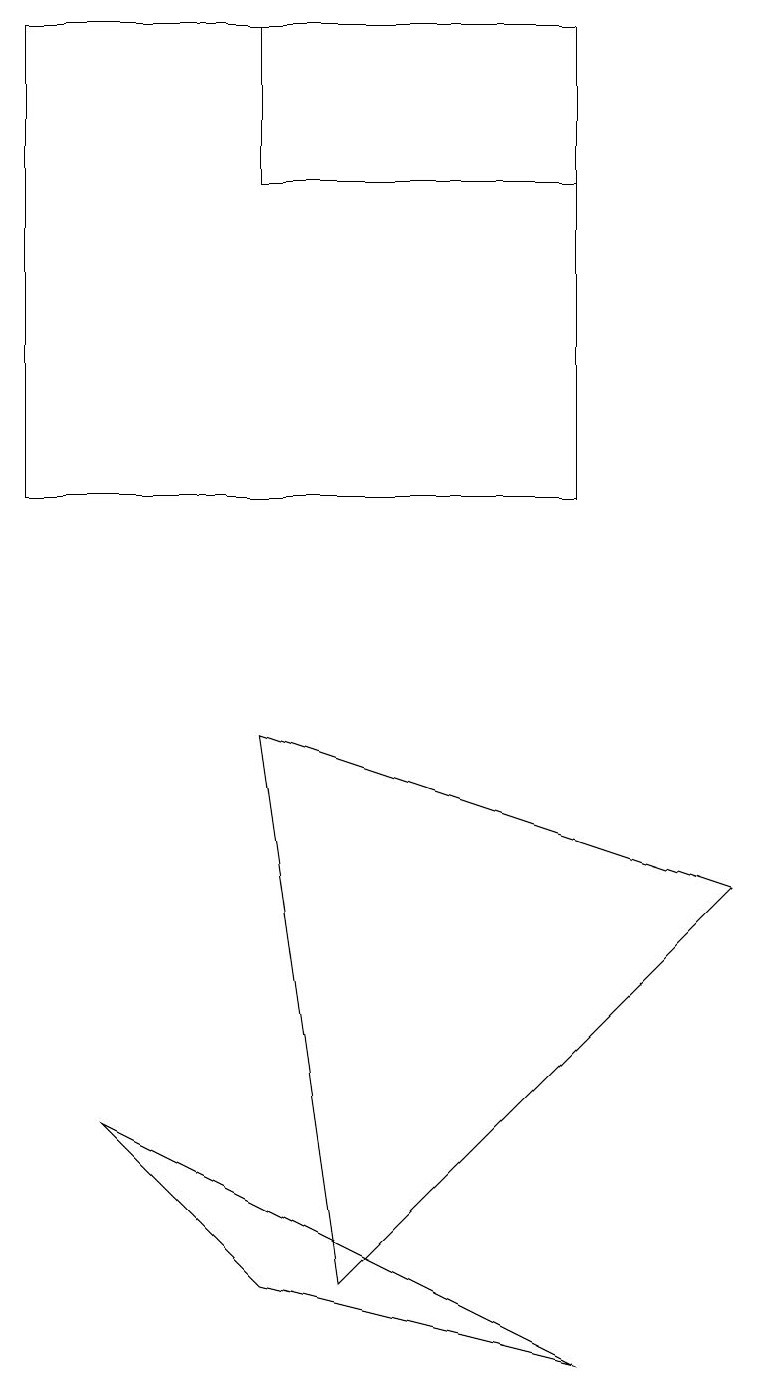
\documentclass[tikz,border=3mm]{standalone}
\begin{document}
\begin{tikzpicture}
\draw (7,16) rectangle (3,18);
\draw (9,7) -- (3,9) -- (4,2) -- cycle;
\draw (7,1) -- (3,2) -- (1,4) -- cycle;
\draw (7,18) rectangle (0,12);
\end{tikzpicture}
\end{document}